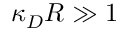
\kappa _ { D } R \gg 1